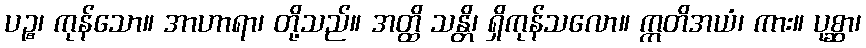
ပဉ္စ၊ ကုန်သော။ အာဟာရာ၊ တို့သည်။ အတ္ထိ သန္တိ၊ ရှိကုန်သလော။ ဣတိအယံ၊ ကား။ ပုစ္ဆာ၊